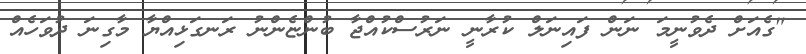
"ގެއަށް ދެވުނީމަ ނަން ފައިނަލް ކުރާނީ ނަރުސްކުއްޖާ ބުންޏެންނު ރަނގަޅިއްޔާ މާގިނަ ދުވަހެއް